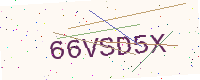
Text: 66VSD5X